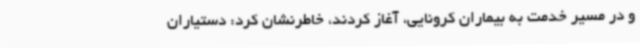
و در مسیر خدمت به بیماران کرونایی، آغاز کردند، خاطرنشان کرد: دستیاران